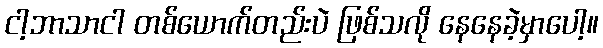
ငါ့ဘာသာငါ တစ်ယောက်တည်းပဲ ဖြစ်သလို နေနေခဲ့မှာပေါ့။